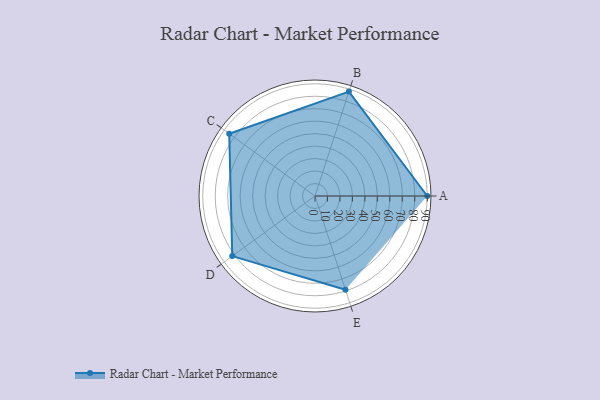
{"axis": {"x": "Skill", "y": "Score"}, "legend": ["Profile"], "data": [{"x": "A", "y": 90.0, "type": "Profile"}, {"x": "B", "y": 88.0, "type": "Profile"}, {"x": "C", "y": 85.0, "type": "Profile"}, {"x": "D", "y": 82.0, "type": "Profile"}, {"x": "E", "y": 79.0, "type": "Profile"}]}